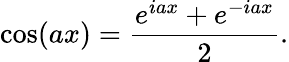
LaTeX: \cos(ax)={\frac{e^{iax}+e^{-iax}}{2}}.